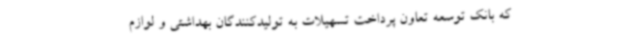
که بانک توسعه تعاون پرداخت تسهیلات به تولیدکنندگان بهداشتی و لوازم